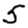
Digit: 5